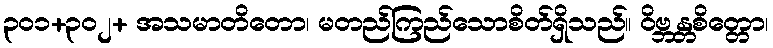
၃၀၁+၃၀၂+ အသမာတိတော၊ မတည်ကြည်သောစိတ်ရှိသည်။ ဝိဗ္ဘန္တစိတ္တော၊